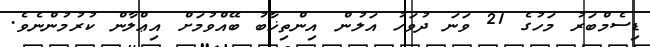
ޑިސެމްބަރު މަހުގެ 21 ވަނަ ދުވަހު އަލުން އިންތިޚާބު ބޭއްވުމަށް އިޢްލާން ކުރުމުންނެވެ.